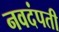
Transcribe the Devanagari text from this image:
नवदंपती